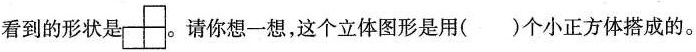
看到的形状是 .请你想一想，这个立体图形是用()个小正方体搭成的。